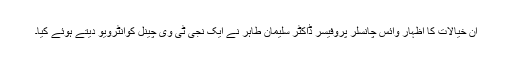
ان خیالات کا اظہار وائس چانسلر پروفیسر ڈاکٹر سلیمان طاہر نے ایک نجی ٹی وی چینل کوانٹرویو دیتے ہوئے کیا۔